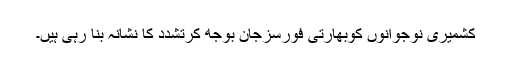
کشمیری نوجوانوں کوبھارتی فورسزجان بوجھ کرتشدد کا نشانہ بنا رہی ہیں۔